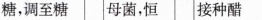
糖，调至糖 母菌，恒 接种醋